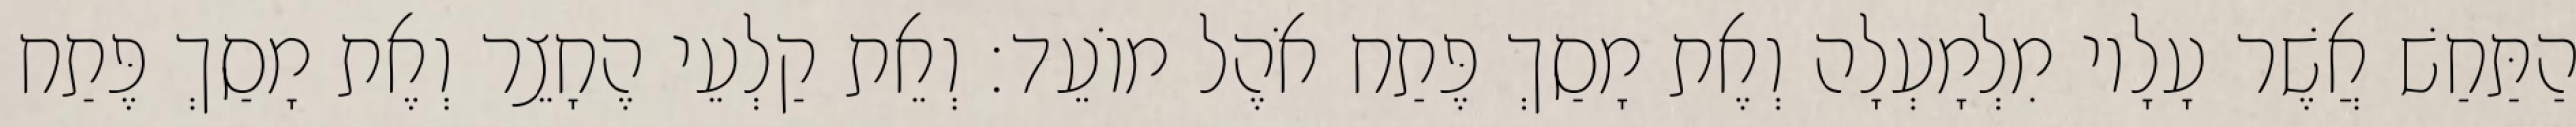
הַתַּחַשׁ אֲשֶׁר עָלָיו מִלְמָעְלָה וְאֶת מָסַךְ פֶּתַח אֹהֶל מוֹעֵד׃ וְאֵת קַלְעֵי הֶחָצֵר וְאֶת מָסַךְ פֶּתַח